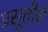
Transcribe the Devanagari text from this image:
प्रसूतीचे